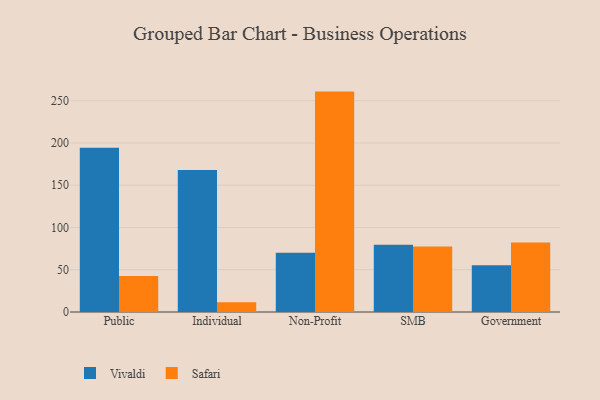
{"axis": {"x": "Segment", "y": "Bounce Rate (%)"}, "legend": ["Safari", "Vivaldi"], "data": [{"x": "Public", "y": 194.4, "type": "Vivaldi"}, {"x": "Public", "y": 42.7, "type": "Safari"}, {"x": "Individual", "y": 168.1, "type": "Vivaldi"}, {"x": "Individual", "y": 11.5, "type": "Safari"}, {"x": "Non-Profit", "y": 70.2, "type": "Vivaldi"}, {"x": "Non-Profit", "y": 260.8, "type": "Safari"}, {"x": "SMB", "y": 79.5, "type": "Vivaldi"}, {"x": "SMB", "y": 77.4, "type": "Safari"}, {"x": "Government", "y": 55.3, "type": "Vivaldi"}, {"x": "Government", "y": 82.2, "type": "Safari"}]}